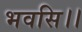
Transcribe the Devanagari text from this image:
भवसि।।